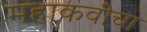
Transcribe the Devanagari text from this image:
महाकवींचा